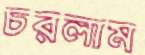
চরলাম